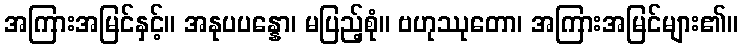
အကြားအမြင်နှင့်။ အနုပပန္နော၊ မပြည့်စုံ။ ဗဟုဿုတော၊ အကြားအမြင်များ၏။